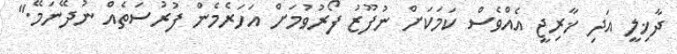
ދާޚިލީ އަދި ޚާރިޖީ އެއްވެސް ކަމަކަށް ނުފޫޒު ފޯރުވުމަށް އަހަރެމެން ފުރުސަތެއް ނުދޭނަމޭ."